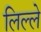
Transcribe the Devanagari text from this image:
लिल्ले